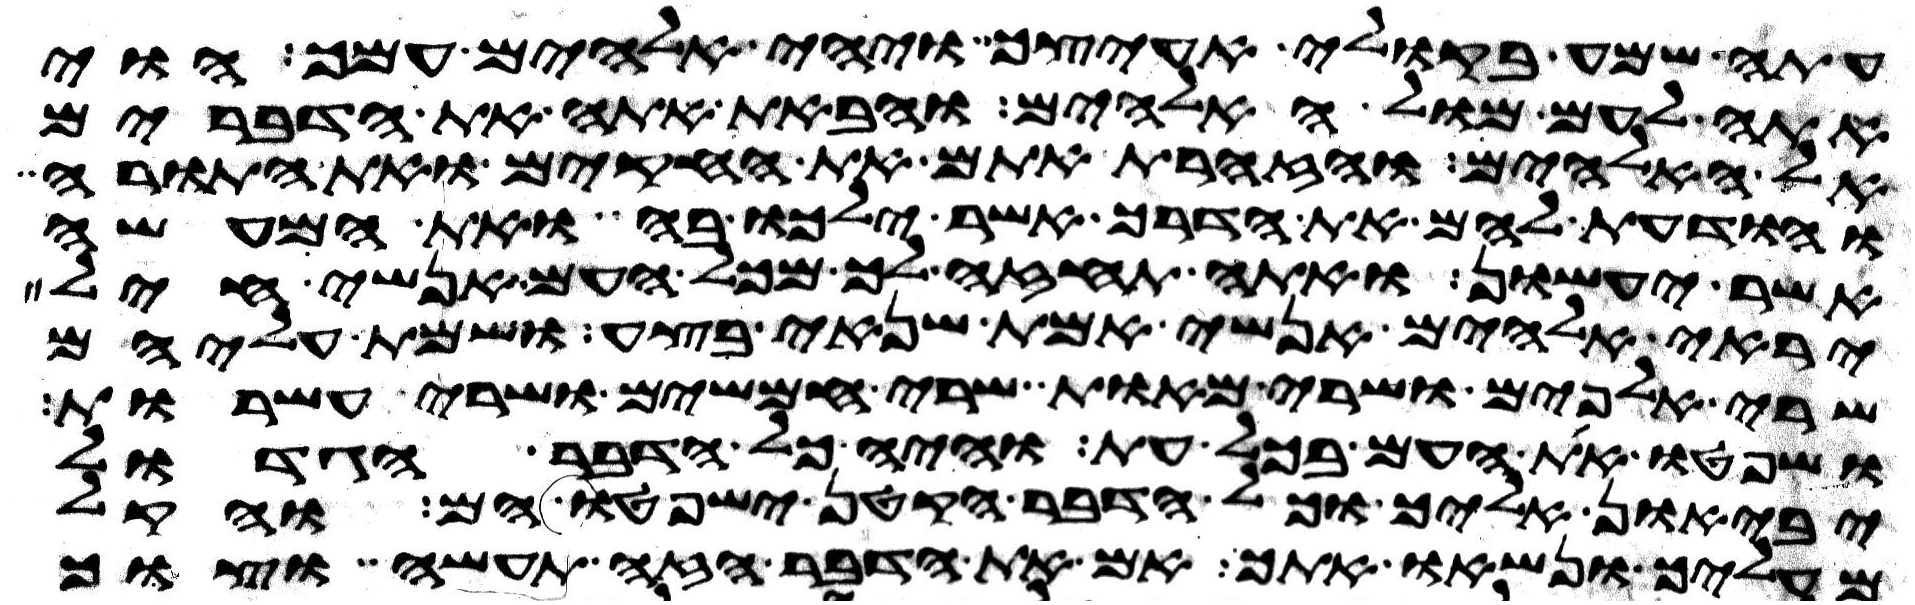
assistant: עתה שמע בקולי אעיצך ויהי אלהים עמך הוי
אתה לעם מול האלהים והבאת אתה את הדברים
אל האלהים והזהרת אתם את החקים ואת התורה
והודעת להם את הדרך אשר ילכו בה ואת המעשה
אשר יעשון ואתה תחזה לך מכל העם אנשי חיל
יראי אלהים אנשי אמת שנאי בצע ושמת עליהם
שרי אלפים ושרי מאות שרי חמשים ושרי עשרות
ושפטו את העם בכל עת והיה כל הדבר הגדול
יביאון אליך וכל הדבר הקטן ישפטו הם והקל
מעליך ונשאו אתך אם את הדבר הזה תעשה וצוך